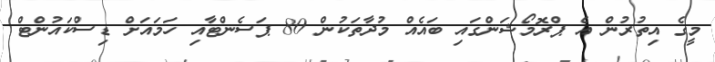
މީގެ އިތުރުން އެ ޕްރޮމޯޝަންގައި ބައެއް މުދާތަކުން 80 ޕަސެންޓާއި ހަމައަށް ޑިސްކައުންޓް